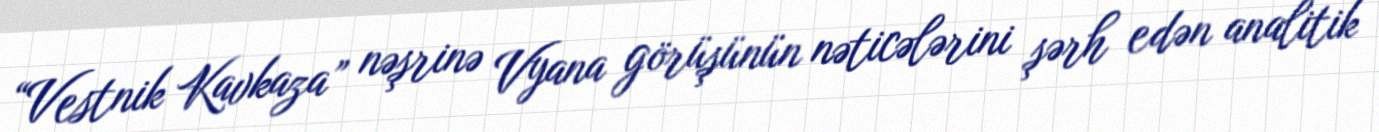
“Vestnik Kavkaza” nəşrinə Vyana görüşünün nəticələrini şərh edən analitik